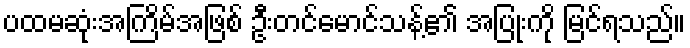
ပထမဆုံးအကြိမ်အဖြစ် ဦးတင်မောင်သန့်၏ အပြုံးကို မြင်ရသည်။